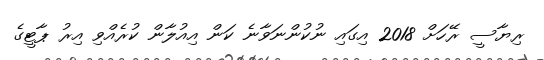
ރިޔާސީ ރޭހަށް 2018 އިގައި ނުކުންނަވާނެ ކަން އިއުލާން ކުރެއްވި އިރު ޕާޓީގެ